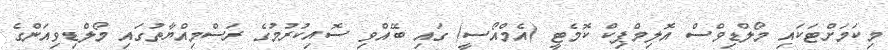
މިކަމަށްޓަކައި މޯލްޑިވްސް އޮލިމްޕިކް ކޮމެޓީ (އެމްއޯސީ) ގައި ބޭއްވި ސޮއިކުރުމުގެ ރަސްމިއްޔާތުގައި މޯލްޑިވިއަންގެ